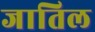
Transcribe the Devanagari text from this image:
जातिल